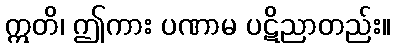
ဣတိ၊ ဤကား ပဏာမ ပဋိညာတည်း။